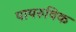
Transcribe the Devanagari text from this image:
पायरुविक